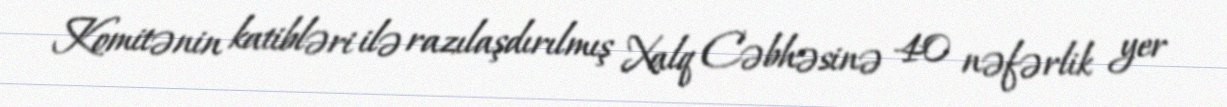
Komitənin katibləri ilə razılaşdırılmış Xalq Cəbhəsinə 40 nəfərlik yer